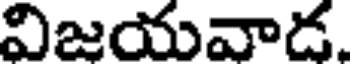
విజయవాడ.